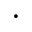
\cdot